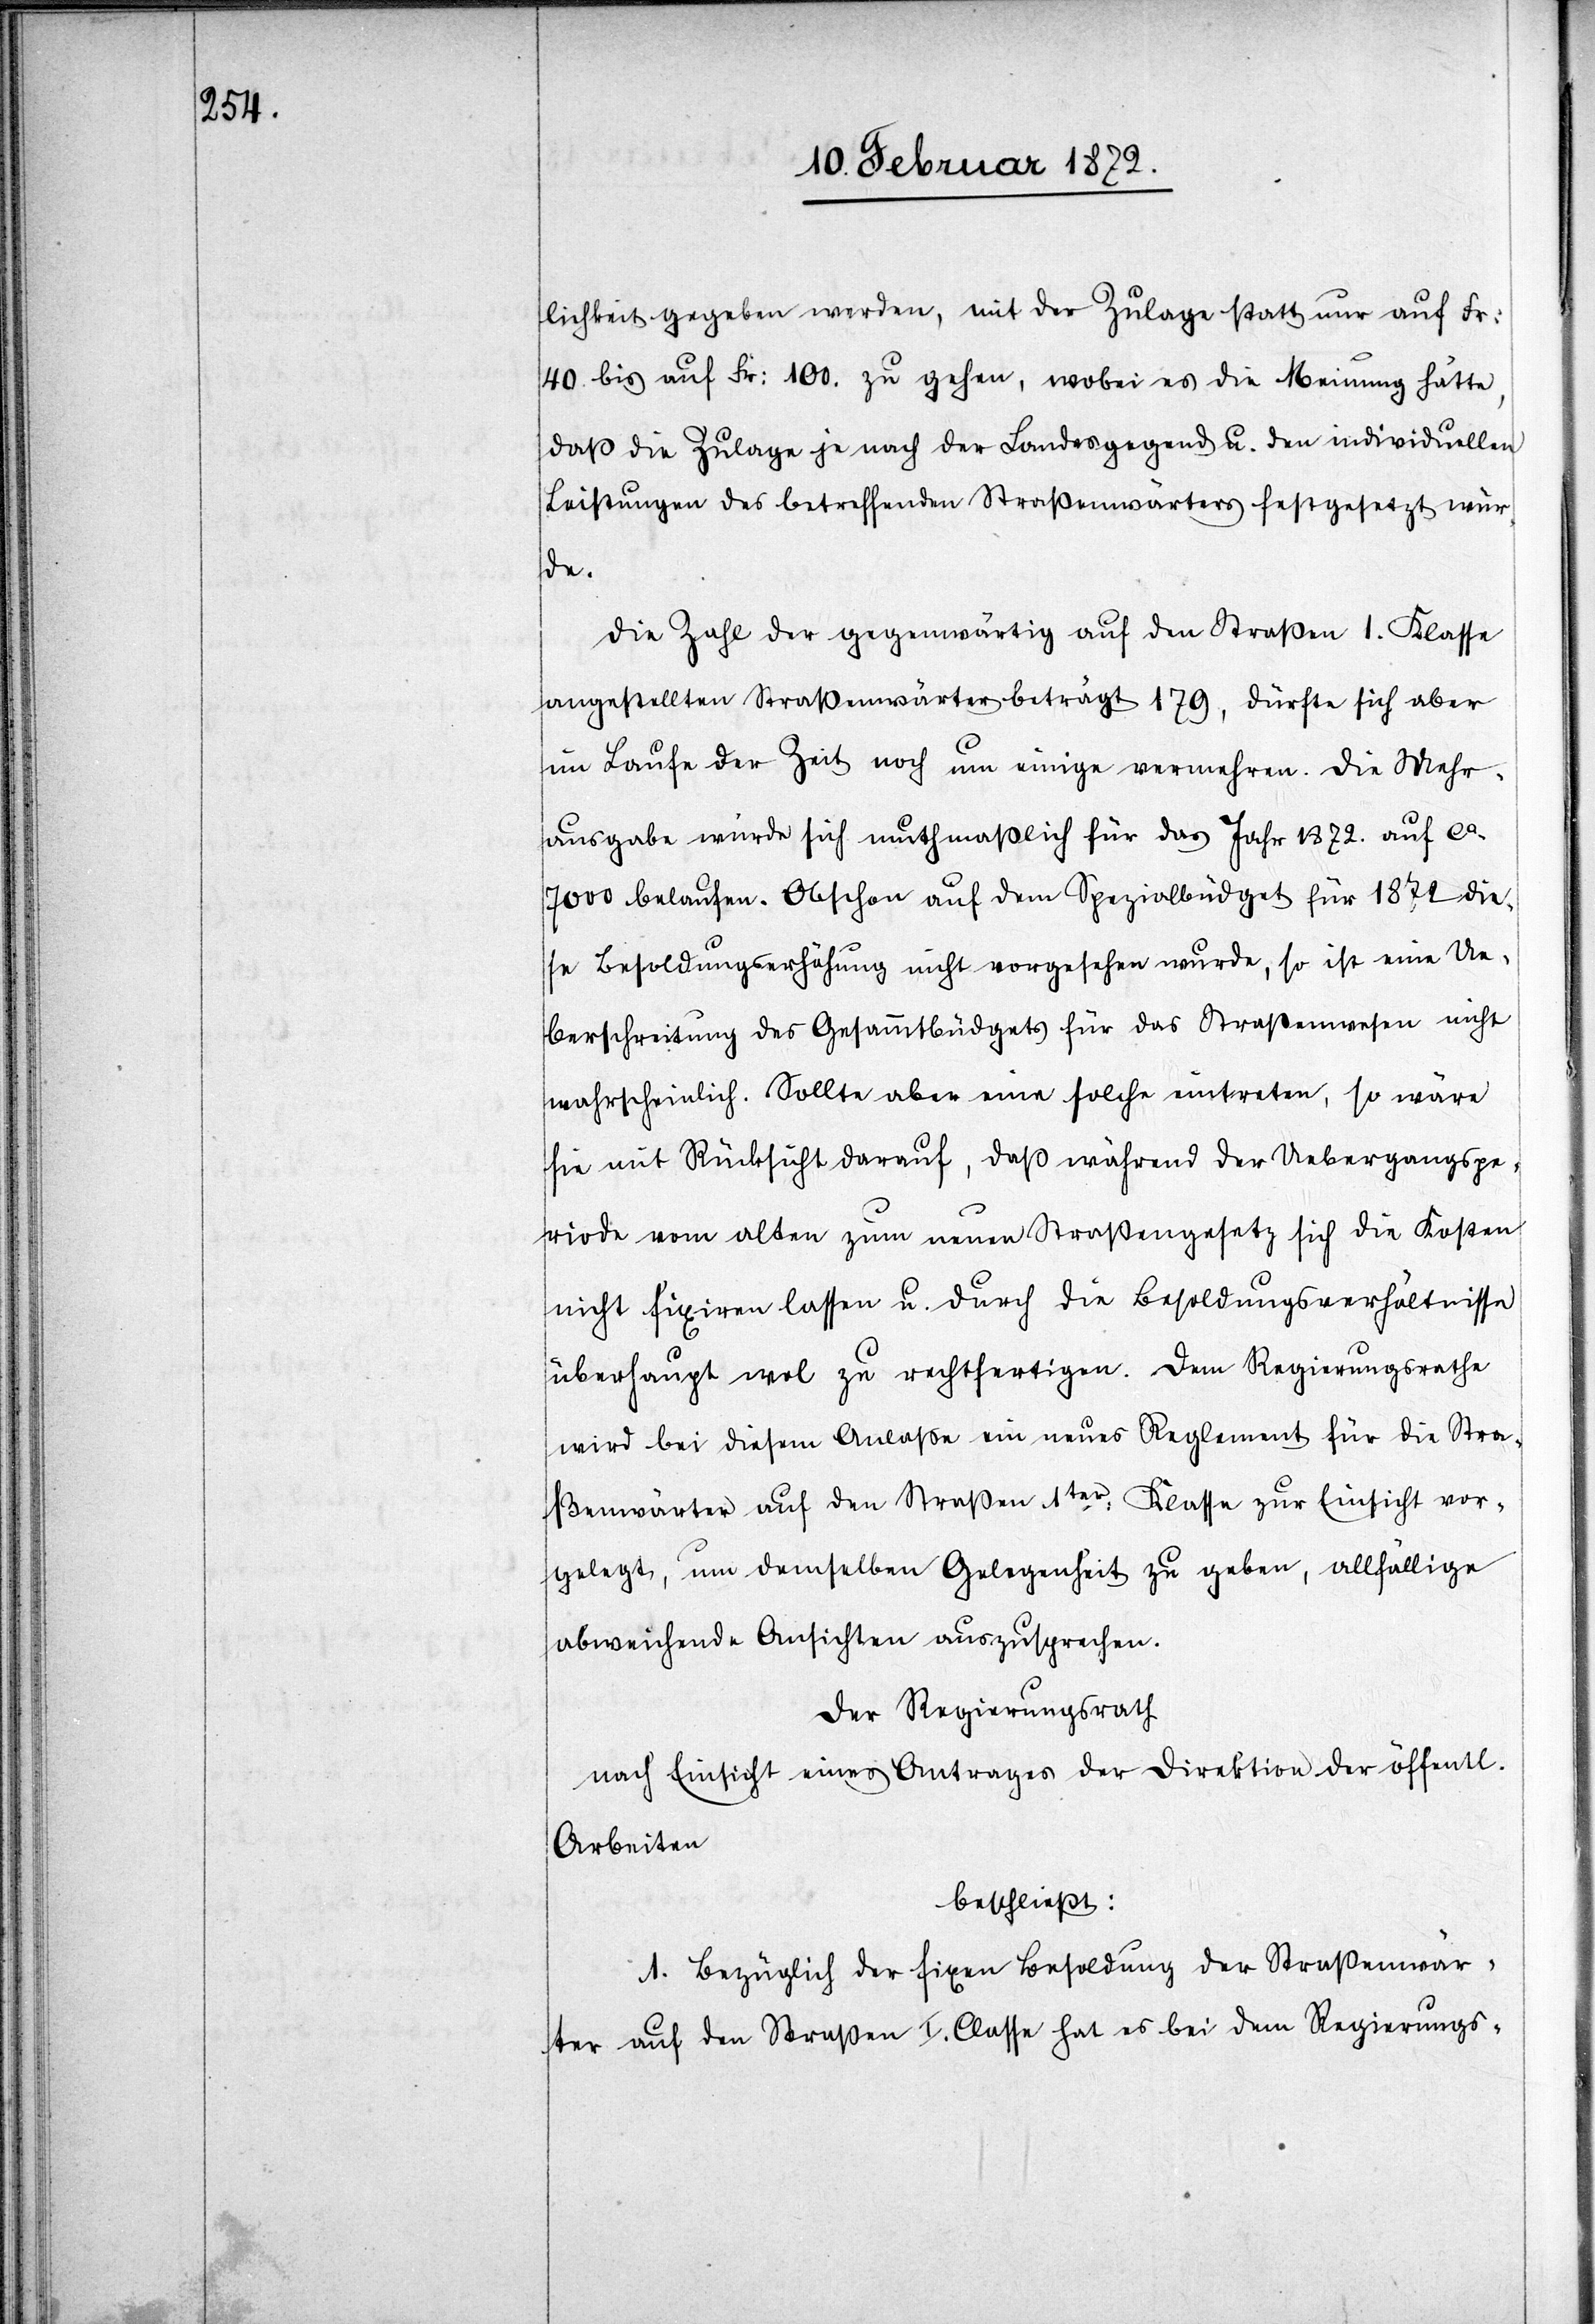
lichkeit gegeben werden, mit der Zulage statt nur auf Fr.
40. bis auf Fr. 100 zu gehen, wobei es die Meinung hätte,
daß die Zulage je nach der Landesgegend u. den individuellen
Leistungen des betreffenden Straßenwärters festgesetzt wür¬
chen
Die Zahl der gegenwärtig auf den Straßen 1. Klasse
angestellter Straßenwärter beträgt 179, dürfte sich aber
im Laufe der Zeit noch um einige vermehren. Die Mehr¬
ausgabe würde sich muthmaßlich für das Jahr 1872. auf ca
7000 belaufen. Obschon auf dem Spezialbüdget für 1872 dies¬
e Besoldungserhöhung nicht vorgesehen wurde, so ist eine Ue¬
berschreitung des Gesammtbüdgets für das Straßenwesen nicht
wahrscheinlich. Sollte aber eine solche eintreten, so wäre
sie mit Rücksicht darauf, daß während der Uebergangspe¬
riode vom alten zum neuen Straßengesetz sich die Kosten
nicht fixiren lassen u. durch die Besoldungsverhältnisse
überhaupt wol zu rechtfertigen. Dem Regierungsrathe
wird bei diesem Anlasse ein neues Reglement für die Stra¬
ßenwärter auf den Straßen 1ter Klasse zur Einsicht vor¬
gelegt, um demselben Gelegenheit zu geben, allfällige
abweichende Ansichten auszusprechen.
Der Regierungsrath
nach Einsicht eines Antrages der Direktion der öffentli¬
Arbeiten
beschließt:
1. Bezüglich der fixen Besoldung der Straßenwär¬
ter auf den Straßen I. Classe hat es bei dem Regierungs-